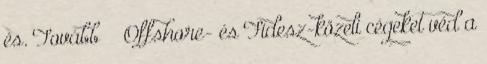
és. Tovább › ›Offshore- és Fidesz-közeli cégeket véd a